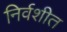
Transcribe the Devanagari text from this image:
निर्वशीत